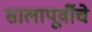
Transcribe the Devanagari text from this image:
सालापूर्वीचे